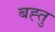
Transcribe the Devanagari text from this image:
बह्तु